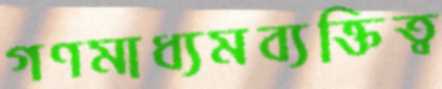
গণমাধ্যমব্যক্তিত্ব